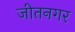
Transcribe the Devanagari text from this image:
जीतनगर